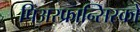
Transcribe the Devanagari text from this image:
पिअरफ्रान्सिस्को